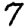
Digit: 7